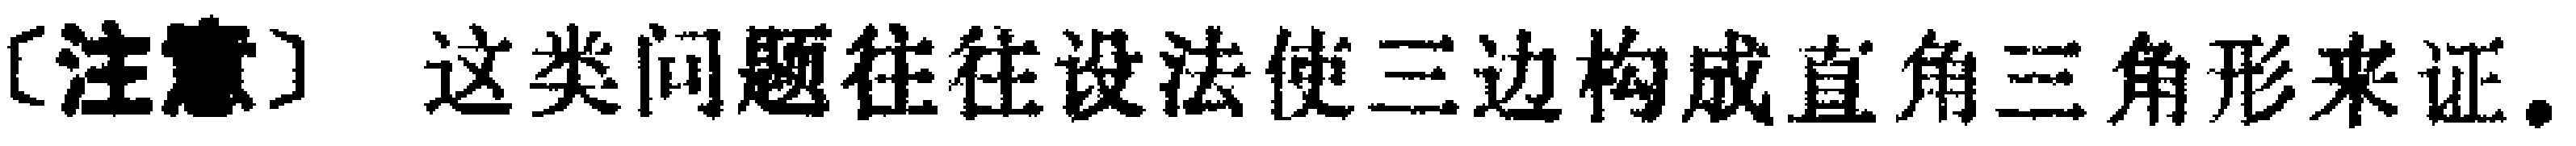
[注意] 这类问题往往设法使三边构成直角三角形来证。